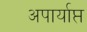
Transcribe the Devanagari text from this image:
अपार्याप्त